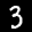
Label: 3